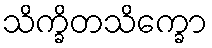
သိက္ခိတသိက္ခော